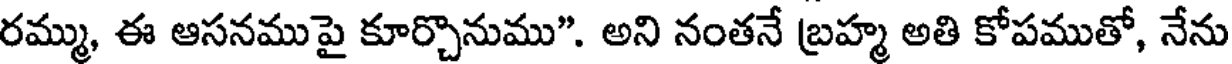
రమ్ము, ఈ ఆసనముపై కూర్చొనుము". అని నంతనే బ్రహ్మ అతి కోపముతో, నేను